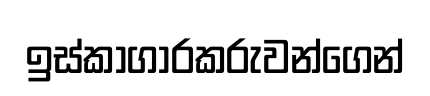
ඉස්කාගාරකරුවන්ගෙන්